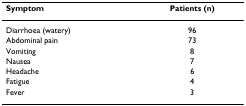
<table><thead><tr><td><b>Symptom</b></td><td><b>Patients (n)</b></td></tr></thead><tbody><tr><td>Diarrhoea (watery)</td><td>96</td></tr><tr><td>Abdominal pain</td><td>73</td></tr><tr><td>Vomiting</td><td>8</td></tr><tr><td>Nausea</td><td>7</td></tr><tr><td>Headache</td><td>6</td></tr><tr><td>Fatigue</td><td>4</td></tr><tr><td>Fever</td><td>3</td></tr></tbody></table>